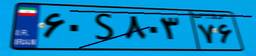
۷۰S۷۴۲۸۱